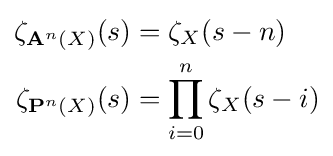
{\begin{aligned}\zeta _{\mathbf {A} ^{n}(X)}(s)&=\zeta _{X}(s-n)\\\zeta _{\mathbf {P} ^{n}(X)}(s)&=\prod _{i=0}^{n}\zeta _{X}(s-i)\end{aligned}}